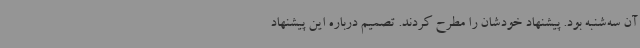
آن سه‌شنبه بود. پیشنهاد خودشان را مطرح کردند. تصمیم درباره این پیشنهاد